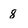
Character: 8